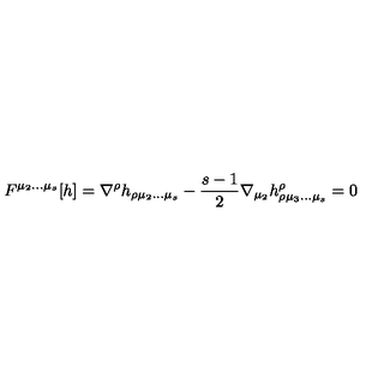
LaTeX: F ^ { \mu _ { 2 } \ldots \mu _ { s } } [ h ] = \nabla ^ { \rho } h _ { \rho \mu _ { 2 } \ldots \mu _ { s } } - { \frac { s - 1 } { 2 } } \nabla _ { \mu _ { 2 } } h _ { \rho \mu _ { 3 } \ldots \mu _ { s } } ^ { \rho } = 0